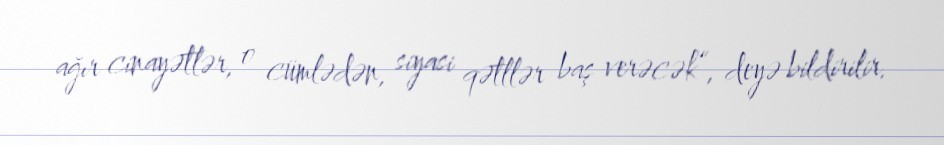
ağır cinayətlər, o cümlədən, siyasi qətllər baş verəcək”, deyə bildirilir.